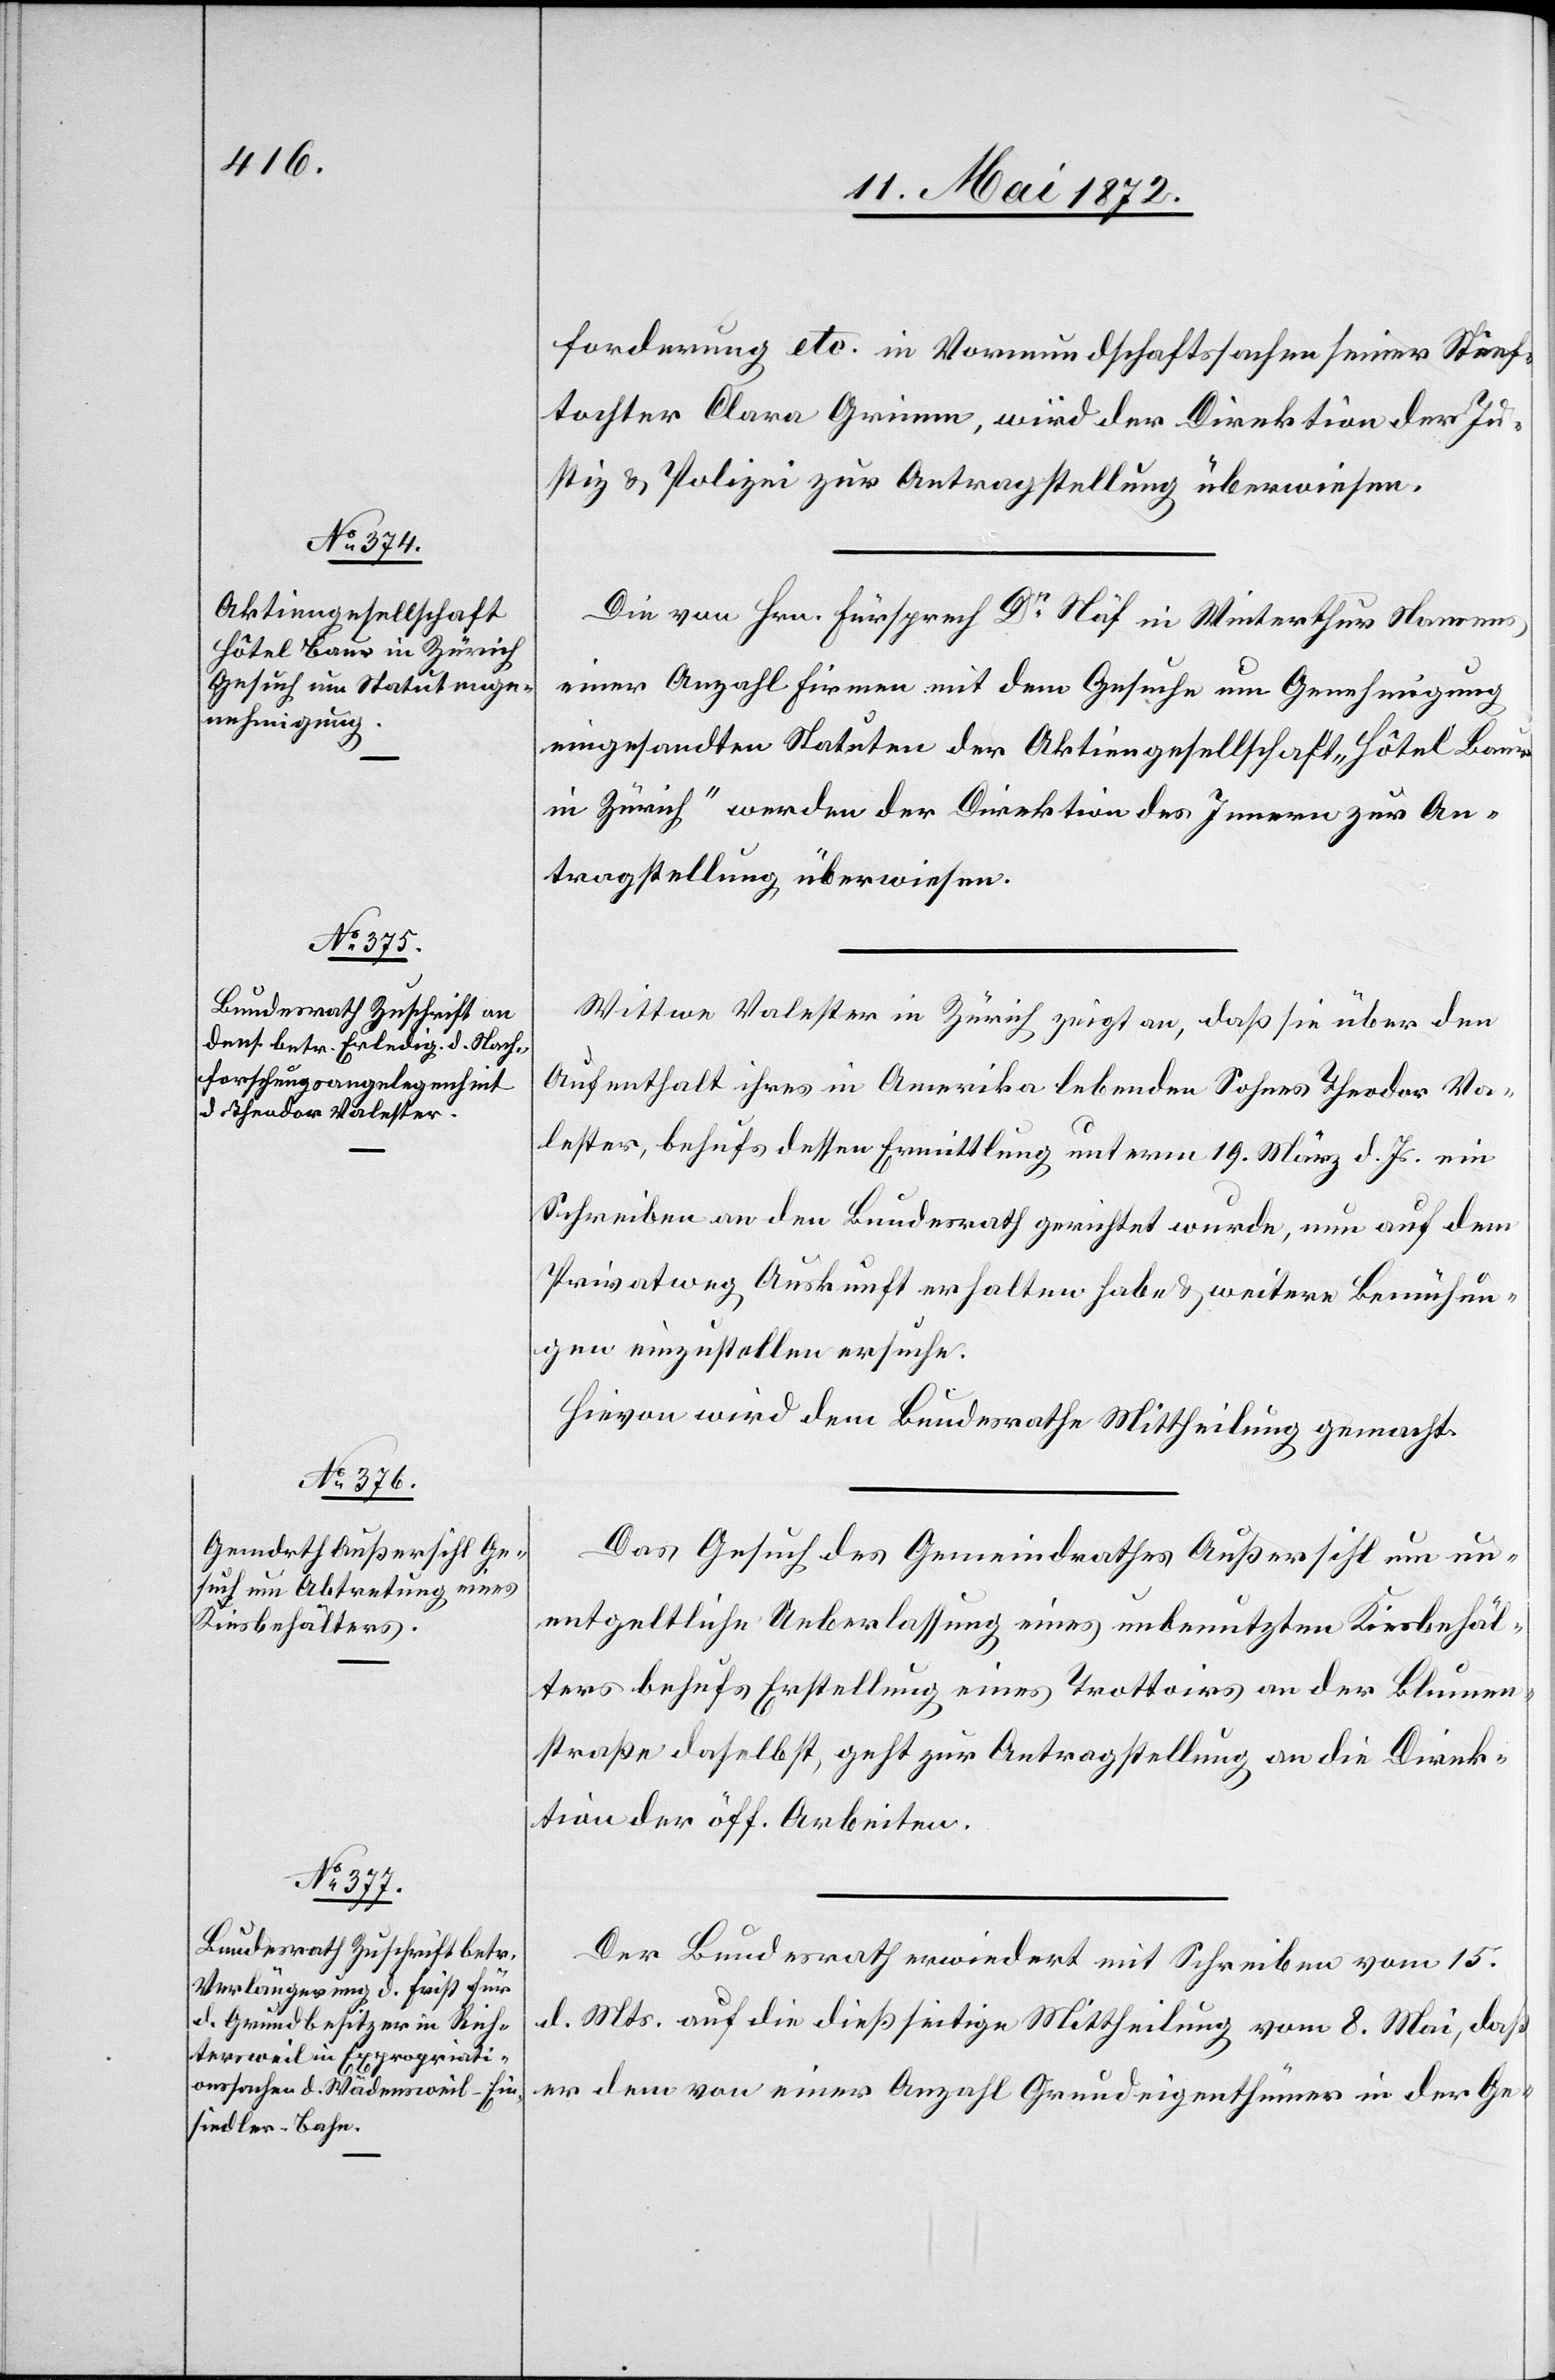
17. Mai 1872.]
forderung etc. in Vormundschaftssachen seiner Stief¬
tochter Clara Grimm [sic!], wird der Direktion der Ju¬
stiz u. Polizei zur Antragstellung überwiesen.
Die von Hrn. Fürsprech Dr Näf in Winterthur Namens
einer Anzahl Firmen mit dem Gesuche um Genehmigung
eingesandten Statuten der Aktiengesellschaft „Hôtel Baur
in Zürich“ werden der Direktion des Innern zur An¬
tragstellung überwiesen.
Wittwe Valester in Zürich zeigt an, daß sie über den
Aufenthalt ihres in Amerika lebenden Sohnes Theodor Va¬
lester, behufs dessen Ermittlung unterm 19. März d. Js. ein
Schreiben an den Bundesrath gerichtet wurde, nun auf dem
Privatweg Auskunft erhalten habe u. weitere Bemühun¬
gen einzustellen ersuche.
Hievon wird dem Bundesrathe Mittheilung gemacht.
Das Gesuch des Gemeindrathes Außersihl um un¬
entgeltliche Ueberlassung eines unbenutzten Kiesbehäl¬
ters behufs Erstellung eines Trottoirs an der Blumen¬
straße daselbst, geht zur Antragstellung an die Direk¬
tion der öff. Arbeiten.
Der Bundesrath erwiedert mit Schreiben vom 15.
d. Mts auf die dießseitige Mittheilung vom 8. Mai, daß
er dem von einer Anzahl Grundeigenthümer in der Ge-